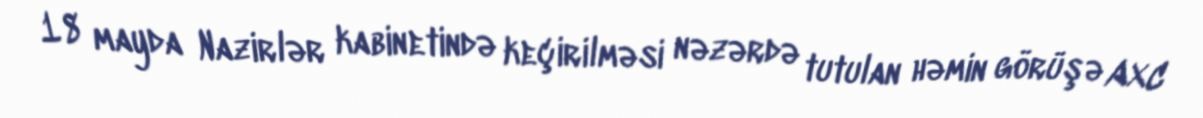
18 mayda Nazirlər kabinetində keçirilməsi nəzərdə tutulan həmin görüşə AXC